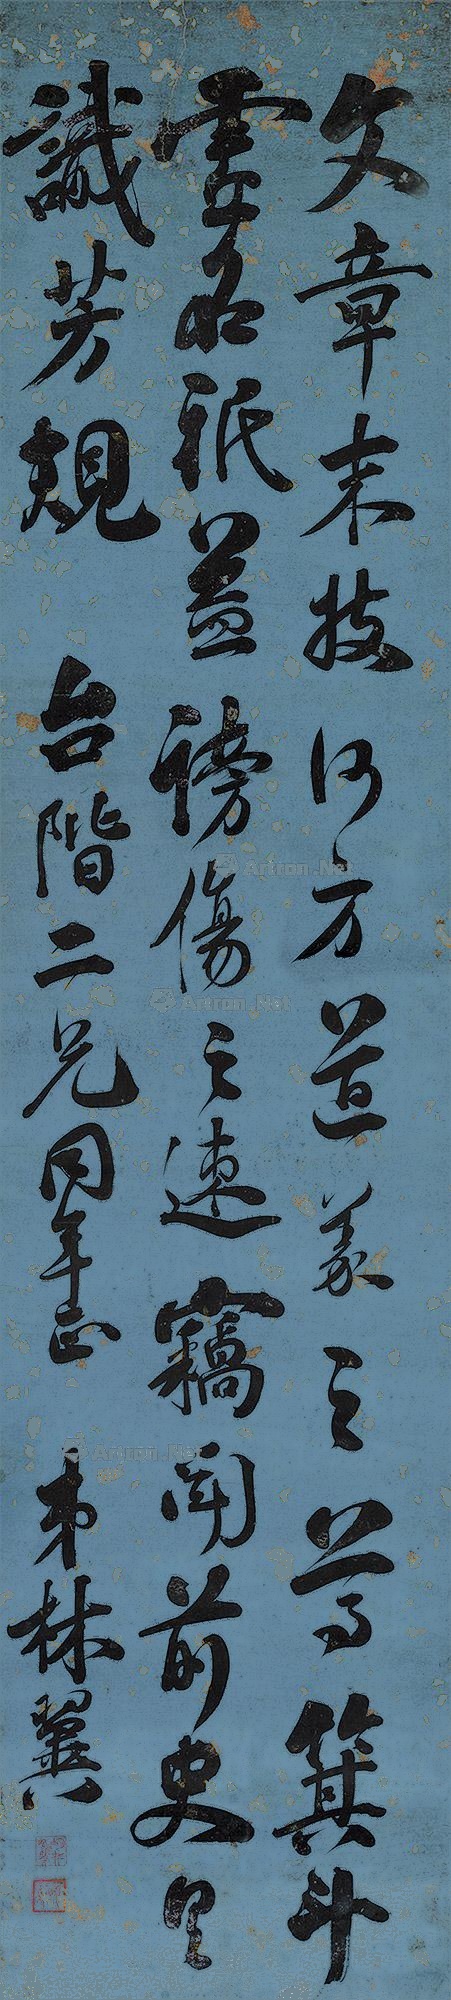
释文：文章末技何方道义之尊。箕斗虚名只益谤伤之速。窃闻前史具识芳规。台阶二兄同年正，弟林翼。